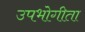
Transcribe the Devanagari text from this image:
उपभोगीता